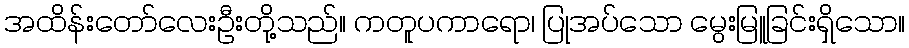
အထိန်းတော်လေးဦးတို့သည်။ ကတူပကာရော၊ ပြုအပ်သော မွေးမြူခြင်းရှိသော။